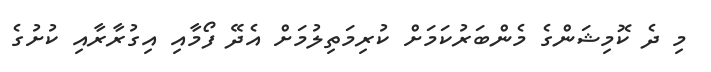
މި ދެ ކޮމިޝަންގެ މެންބަރުކަމަށް ކުރިމަތިލުމަށް އެދޭ ފޯމާއި އިގުރާރާއި ކުށުގެ